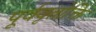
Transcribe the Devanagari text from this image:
पूर्ववृतोक्ति